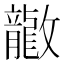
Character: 𫿤